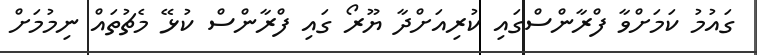
ގައުމު ކަމަށްވާ ފްރާންސްގައި ކުރިއަށްދާ ޔޫރޯ ގައި ފްރާންސް ކުޅޭ މެޗުތައް ނިމުމަށް